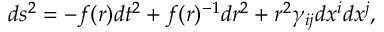
d s ^ { 2 } = - f ( r ) d t ^ { 2 } + f ( r ) ^ { - 1 } d r ^ { 2 } + r ^ { 2 } \gamma _ { i j } d x ^ { i } d x ^ { j } ,